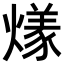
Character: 𬋌